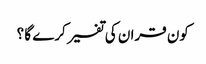
کون قران کی تفسیر کرے گا ؟